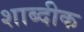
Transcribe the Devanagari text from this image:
शाब्दीक